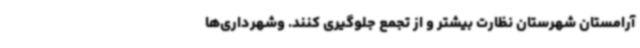
آرامستان شهرستان نظارت بیشتر و از تجمع جلوگیری کنند. وشهرداری‌ها